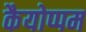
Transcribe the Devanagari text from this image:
कैयोप्पम